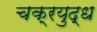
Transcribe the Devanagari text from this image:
चक्रयुद्ध